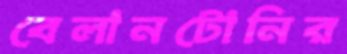
বেলানটোনির